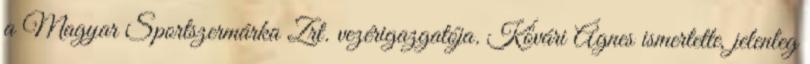
a Magyar Sportszermárka Zrt. vezérigazgatója. Kővári Ágnes ismertette, jelenleg